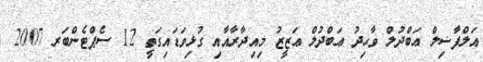
އަލްފާޟިލް ޢަބްދުލް ވާޙިދު ޢަބްދުލް ޢަޒީޒު މިއިދާރާއާއި ގުޅިވަޑައިގަތީ 12 ސެޕްޓެންބަރ 2007